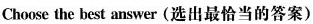
Choose the best answer(选出最恰当的答案)